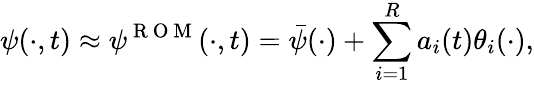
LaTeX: \psi(\cdot,t)\approx\psi^{\mathrm{~R~O~M~}}(\cdot,t)=\bar{\psi}(\cdot)+\sum_{i=1}^{R}a_{i}(t)\theta_{i}(\cdot),